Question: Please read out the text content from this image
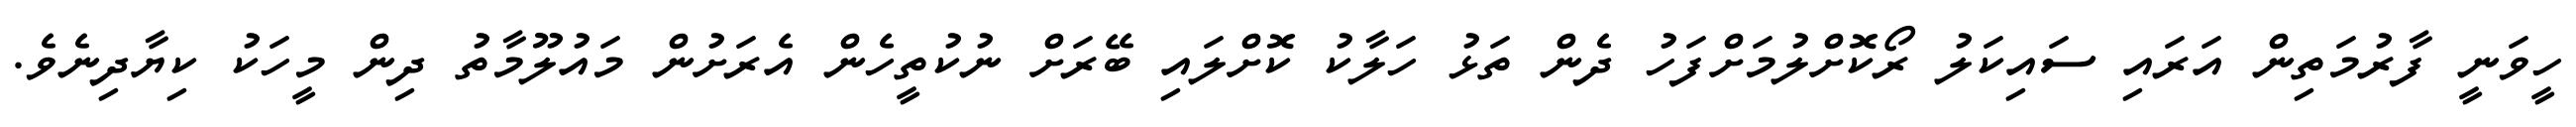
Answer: ހީވަނީ ފާރުމަތިން އަރައި ސައިކަލު ރޯކޮށްލުމަށްފަހު ދެން ތަޅު ހަލާކު ކޮށްލައި ބޭރަށް ނުކުތީހެން އެރަށުން މައުލޫމާތު ދިން މީހަކު ކިޔާދިނެވެ.